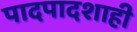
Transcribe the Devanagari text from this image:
पादपादशाही